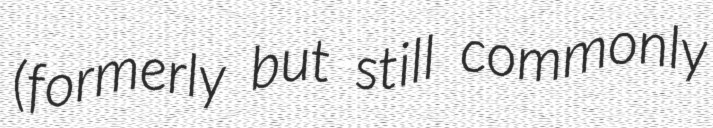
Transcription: (formerly but still commonly